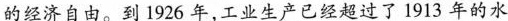
的经济自由。到1926年，工业生产已经超过了1913年的水